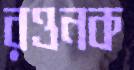
রওনক